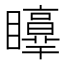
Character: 𥌲